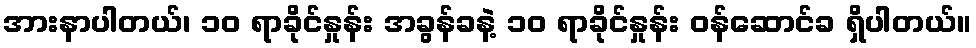
အားနာပါတယ်၊ ၁၀ ရာခိုင်နှုန်း အခွန်ခနဲ့ ၁၀ ရာခိုင်နှုန်း ဝန်ဆောင်ခ ရှိပါတယ်။